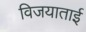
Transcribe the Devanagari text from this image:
विजयाताई